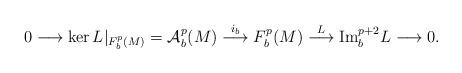
LaTeX: \begin{align*}0\longrightarrow\ker L|_{F_b^p(M)}=\mathcal{A}_b^p(M)\stackrel{i_b}{\longrightarrow}F_b^p(M)\stackrel{L}{\longrightarrow}{\rm Im}_b^{p+2}L\longrightarrow0.\end{align*}